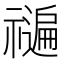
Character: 𮂝